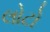
લોટો